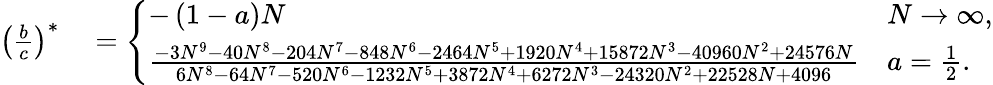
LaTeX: \begin{array}{rl}{\left(\frac{b}{c}\right)^{\ast}}&{{}=\left\{ \begin{array}{ll}{-\left(1-a\right)N}&{N\rightarrow\infty,}\\ {\frac{-3N^{9}-40N^{8}-204N^{7}-848N^{6}-2464N^{5}+1920N^{4}+15872N^{3}-40960N^{2}+24576N}{6N^{8}-64N^{7}-520N^{6}-1232N^{5}+3872N^{4}+6272N^{3}-24320N^{2}+22528N+4096}}&{a=\frac{1}{2}.}\end{array}\right.}\end{array}